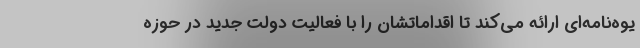
یوه‌نامه‌ای ارائه می‌کند تا اقداماتشان را با فعالیت دولت جدید در حوزه